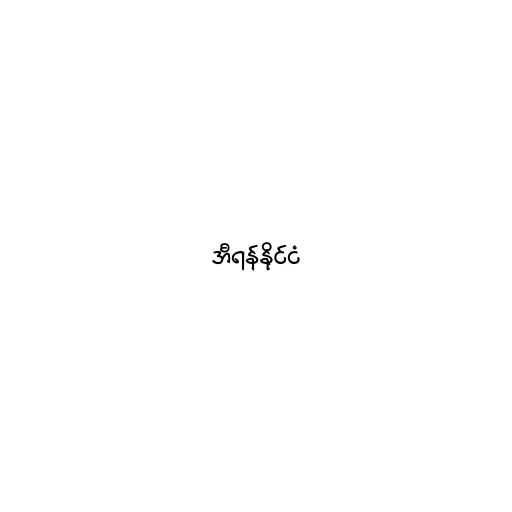
အီရန်နိုင်ငံ